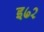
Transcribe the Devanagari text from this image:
इ७२